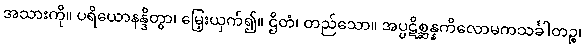
အသားကို။ ပရိယောနန္ဒိတွာ၊ မြှေးယှက်၍။ ဌိတံ၊ တည်သော။ အပ္ပဋိစ္ဆန္နကိလောမကသင်္ခါတဉ္စ၊